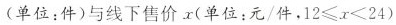
(单位：件)与线下售价x(单位：元/件，$$1 2 ≤ x <2 4$$)